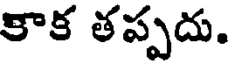
కాక తప్పదు.